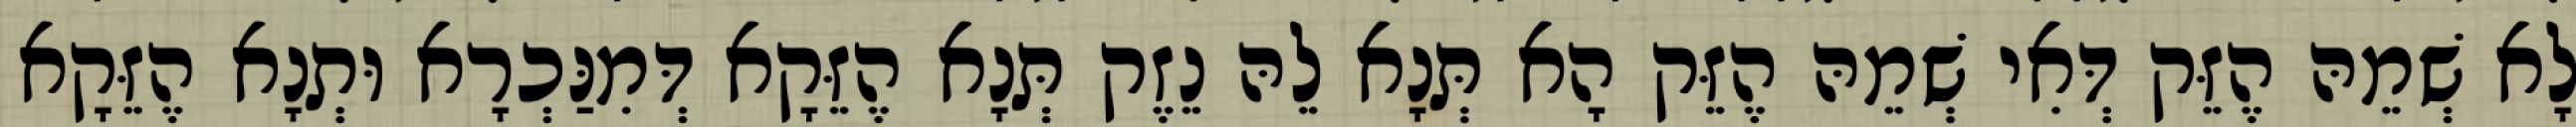
לָא שְׁמֵהּ הֶזֵּק דְּאִי שְׁמֵהּ הֶזֵּק הָא תְּנָא לֵהּ נֵזֶק תְּנָא הֶזֵּקָא דְּמִנַּכְרָא וּתְנָא הֶזֵּקָא